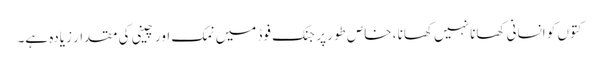
کتوں کو انسانی کھانا نہیں کھانا ، خاص طور پر جنک فوڈ میں نمک اور چینی کی مقدار زیادہ ہے۔